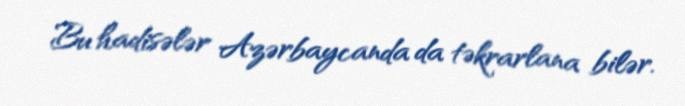
Bu hadisələr Azərbaycanda da təkrarlana bilər.